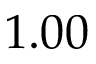
1 . 0 0